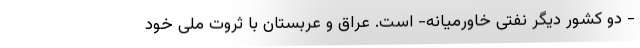
- دو کشور دیگر نفتی خاورمیانه- است. عراق و عربستان با ثروت ملی خود